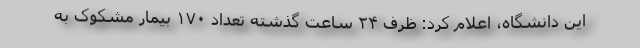
این دانشگاه، اعلام کرد: ظرف ۲۴ ساعت گذشته تعداد ۱۷۰ بیمار مشکوک به